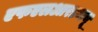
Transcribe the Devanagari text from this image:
एफएलआरडब्ल्यू